Report of the Indian Hemp Drugs Commission, 1894-1895 - Volume VII
Year: 1894
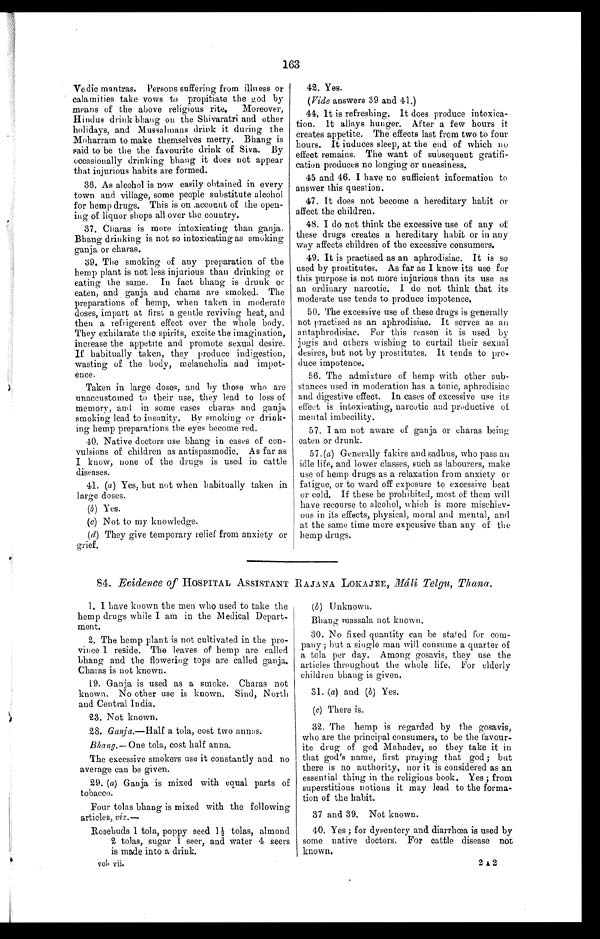
163
Vedic mantras. Persons suffering from illness or
calamities take vows to propitiate the god by
means of the above religious rite. Moreover,
Hindus drink bhang on the Shivaratri and other
holidays, and Mussalmans drink it during the
Moharram to make themselves merry. Bhang is
said to be the the favourite drink of Siva. By
occasionally drinking bhang it does not appear
that injurious habits are formed.
36. As alcohol is now easily obtained in every
town and village, some people substitute alcohol
for hemp drugs. This is on .account of the open-
ing of liquor shops all over the country.
37. Charas is more intoxicating than ganja.
Bhang drinking is not so intoxicating as smoking
ganja or charas.
39. The smoking of any preparation of the
hemp plant is not less injurious than drinking or
eating the same. In fact bhang is drunk or
eaten, and ganja and charas are smoked. The
preparations of hemp, when taken in moderate
doses, impart at first a gentle reviving heat, and
then a refrigerent effect over the whole body.
They exhilarate the spirits, excite the imagination,
increase the appetite and promote sexual desire.
If habitually taken, the y produce indigestion,
wasting of the body, melancholia and impot-
ence.
Taken in large doses, and by those who are
unaccustomed to their use, they lead to loss of
memory, and in some cases charas and ganja
smoking lead to insanity. By smoking or drink-
ing hemp preparations the eyes become red.
40. Native doctors use bhang in cases of con-
vulsions of children as antispasmodic. As far as
I know, none of the drugs is used in cattle
diseases.
41. (a ) Yes, but not when habitually taken in
large doses.
(b) Yes.
(c) Not to my knowledge.
(d) They give temporary relief from anxiety or
grief.
42. Yes.
( Vide answers 39 and 41.)
44. It is refreshing. It does produce intoxica-
tion. It allays hunger. After a few hours it
creates appetite. The effects last from two to four
hours. It induces sleep, at the end of which no
effect remains. The want of subsequent gratifi-
cation produces no longing or uneasiness.
45 and 46. I have no sufficient information to
answer this question.
47. It does not become a hereditary habit or
affect the children.
48. I do not think the excessive use of any of
these drugs creates a hereditary habit or in any
way affects children of the excessive consumers.
49. It is practised as an aphrodisiac. It is so
used by prostitutes. As far as I know its use for
this purpose is not more injurious than its use as
an ordinary narcotic. I do not think that its
moderate use tends to produce impotence.
50. The excessive use of these drugs is generally
not practised as an aphrodisiac. It serves as an
antaphrodisiac. For this reason it is used by
jogis and others wishing to curtail their sexual
desires, but not by prostitutes. It tends to pro-
duce impotence.
56. The admixture of hemp with other sub-
stances used in moderation has a tonic, aphrodisiac
and digestive effect. In cases of excessive use its
effect is intoxicating, narcotic and productive of
mental imbecility.
57. I am not aware of ganja or chains being
oaten or drunk.
57. (a) Generally fakirs and sadhus, who pass an
idle life, and lower classes, such as labourers, make
use of hemp drugs as a relaxation from anxiety or
fatigue, or to ward off exposure to excessive heat
or cold. If these be prohibited, most of them will
have recourse to alcohol, which is more mischiev-
ous in its effects, physical, moral and mental, and
at the same time more expensive than any of the
hemp drugs.
84. Evidence of HOSPITAL ASSISTANT RAJANA LOKAJEE, Máli Telgu, Thana.
1. I have known the men who used to take the
hemp drugs while I am in the Medical Depart-
ment.
2. The hemp plant is not cultivated in the pro-
vince I reside. The leaves of hemp are called
bhang and the flowering tops are called ganja.
Charas is not known.
19. Ganja is used as a smoke. Charas not
known. No other use is known. Sind, North
and Central India.
23. Not known.
28. Ganja.—Half, cost two annas.
Bhang .—One tola, cost half anna.
The excessive smokers use it constantly and no
average can be given.
29. ( a) Ganja is mixed with equal parts of
tobacco.
Four tolas bhang is mixed with the following
articles, viz—
Rosebuds 1 tola, poppy seed 1½ tolas, almond
2 tolas, sugar 1 seer, and water 4 seers
is made into a drink.
vol vii.
(b) Unknown.
Bhang massala not known.
30. No fixed quantity can be stated for com-
pany; but a single man will consume a quarter of
a tola per day. Among gosavis, they use the
articles throughout the whole life. For elderly
children bhang is given.
31. (a) and (b) Yes.
(c) There is.
32. The hemp is regarded by the gosavis,
who are the principal consumers, to be the favour-
ite drug of god Mahadev, so they take it in
that god's name, first praying that god; but
there is no authority, nor it is considered as an
essential thing in the religious book. Yes ; from
superstitious notions it may lead to the forma-
tion of the habit.
37 and 39. Not known.
40. Yes ; for dysentery and diarrhœa is used by
some native doctors. For cattle disease not
known.
2A2